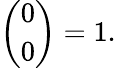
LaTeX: {\binom{0}{0}}=1.